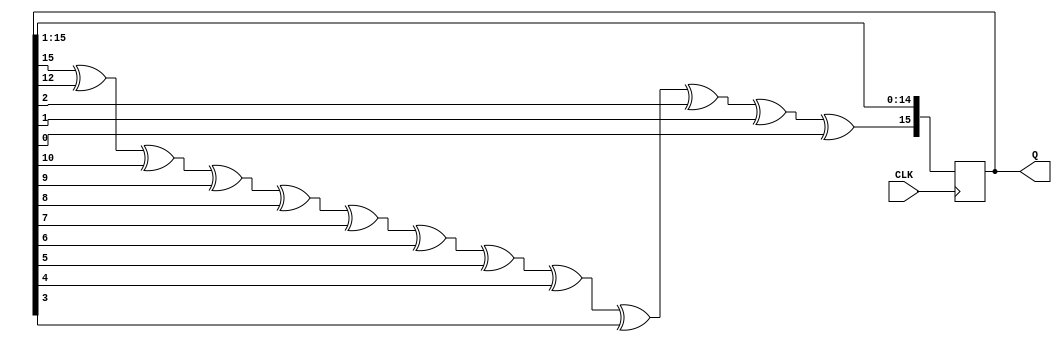
module lfsr16(
    input CLK,

    output reg [15:0]Q
);

initial Q = 16'hBEEF;

wire feedback = Q[15]^Q[12]^Q[10]^Q[9]^Q[8]^Q[7]^Q[6]^Q[5]^Q[4]^Q[3]^Q[2]^Q[1]^Q[0];

always @(posedge CLK) begin
    Q = Q >> 1;
    Q[15] = feedback;
end

endmodule